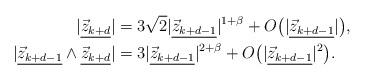
LaTeX: \begin{align*} \begin{aligned} |\underline{\vec z_{k+d}}| & = 3\sqrt2|\underline{\vec z_{k+d-1}}|^{1+\beta}+O\big(|\underline{\vec z_{k+d-1}}|\big), \\ |\underline{\vec z_{k+d-1}}\wedge\underline{\vec z_{k+d}}| & = 3|\underline{\vec z_{k+d-1}}|^{2+\beta}+O\big(|\underline{\vec z_{k+d-1}}|^2\big). \end{aligned} \end{align*}